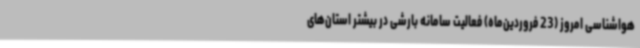
هواشناسی امروز (23 فروردین‌ماه) فعالیت سامانه بارشی در بیشتر استان‌های